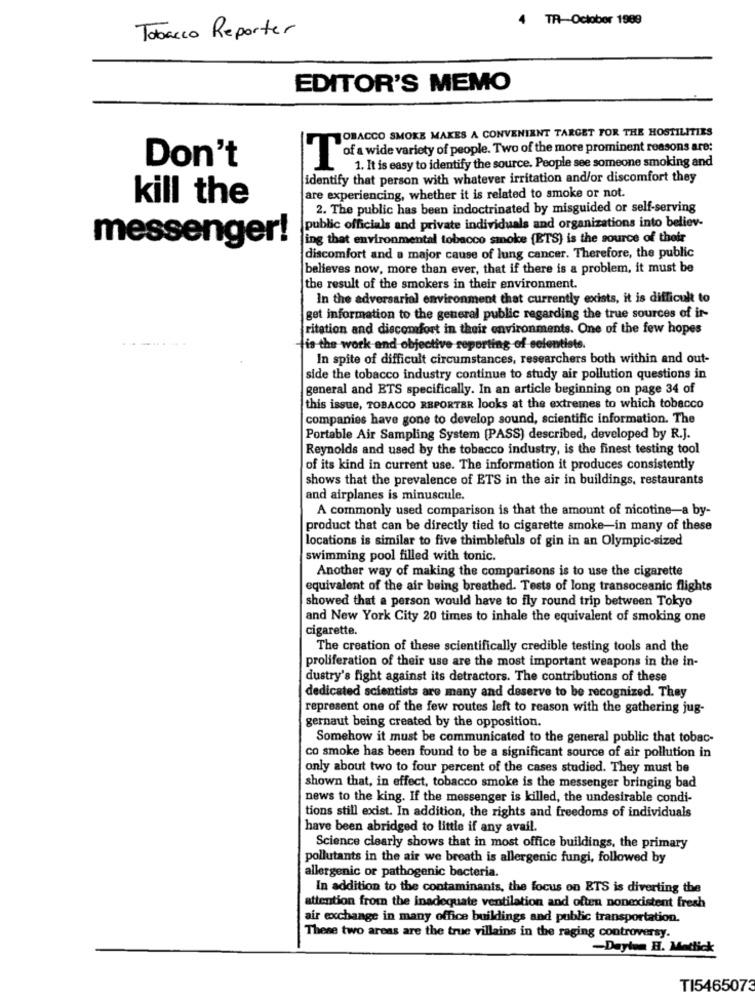
4 TR-October 1989
Tobacco Reporter
EDITOR'S MEMO
TOBACCO SMOKE MAKES A CONVENIENT TARGET FOR THE HOSTILITIES
Don't
of a wide variety of people. Two of the more prominent reasons are:
1. It is easy to identify the source. People see someone smoking and
identify that person with whatever irritation and/or discomfort they
kill the
are experiencing, whether it is related to smoke or not.
2. The public has been indoctrinated by misguided or self-serving
public officials and private individuals and organizations into believ-
messenger!
ing that environmental tobacco smoke [ETS) is the source of their
discomfort and a major cause of lung cancer. Therefore, the public
believes now, more than ever, that if there is a problem, it must be
the result of the smokers in their environment.
In the adversarial environment that currently exists, it is difficult to
get information to the general public regarding the true sources of ir-
ritation and discomfort in their environments. One of the few hopes
is the work and objective reporting of scientists.
In spite of difficult circumstances, researchers both within and out-
side the tobacco industry continue to study air pollution questions in
general and ETS specifically. In an article beginning on page 34 of
this issue, TOBACCO REPORTER looks at the extremes to which tobacco
companies have gone to develop sound, scientific information. The
Portable Air Sampling System (PASS) described, developed by R.J.
Reynolds and used by the tobacco industry, is the finest testing tool
of its kind in current use. The information it produces consistently
shows that the prevalence of ETS in the air in buildings, restaurants
and airplanes is minuscule.
A commonly used comparison is that the amount of nicotine-a by-
product that can be directly tied to cigarette smoke-in many of these
locations is similar to five thimblefuls of gin in an Olympic-sized
swimming pool filled with tonic.
Another way of making the comparisons is to use the cigarette
equivalent of the air being breathed. Tests of long transoceanic flights
showed that a person would have to fly round trip between Tokyo
and New York City 20 times to inhale the equivalent of smoking one
cigarette.
The creation of these scientifically credible testing tools and the
proliferation of their use are the most important weapons in the in-
dustry's fight against its detractors. The contributions of these
dedicated scientists are many and deserve to be recognized. They
represent one of the few routes left to reason with the gathering jug-
gernaut being created by the opposition.
Somehow it must be communicated to the general public that tobac-
co smoke has been found to be a significant source of air pollution in
only about two to four percent of the cases studied. They must be
shown that, in effect, tobacco smoke is the messenger bringing bad
news to the king. If the messenger is killed, the undesirable condi-
tions still exist. In addition, the rights and freedoms of individuals
have been abridged to little if any avail.
Science clearly shows that in most office buildings, the primary
pollutants in the air we breath is allergenic fungi, followed by
allergenic or pathogenic bacteria.
In addition to the contaminants, the focus on ETS is diverting the
attention from the inadequate ventilation and often nonexistent fresh
air exchange in many office buildings and public transportation.
These two areas are the true villains in the raging controversy.
-Doylem B. Metfick
TI5465073